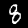
Digit: 8